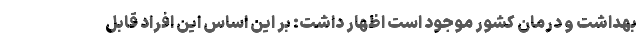
بهداشت و درمان کشور موجود است اظهار داشت: بر این اساس این افراد قابل